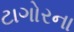
ટાગોરના